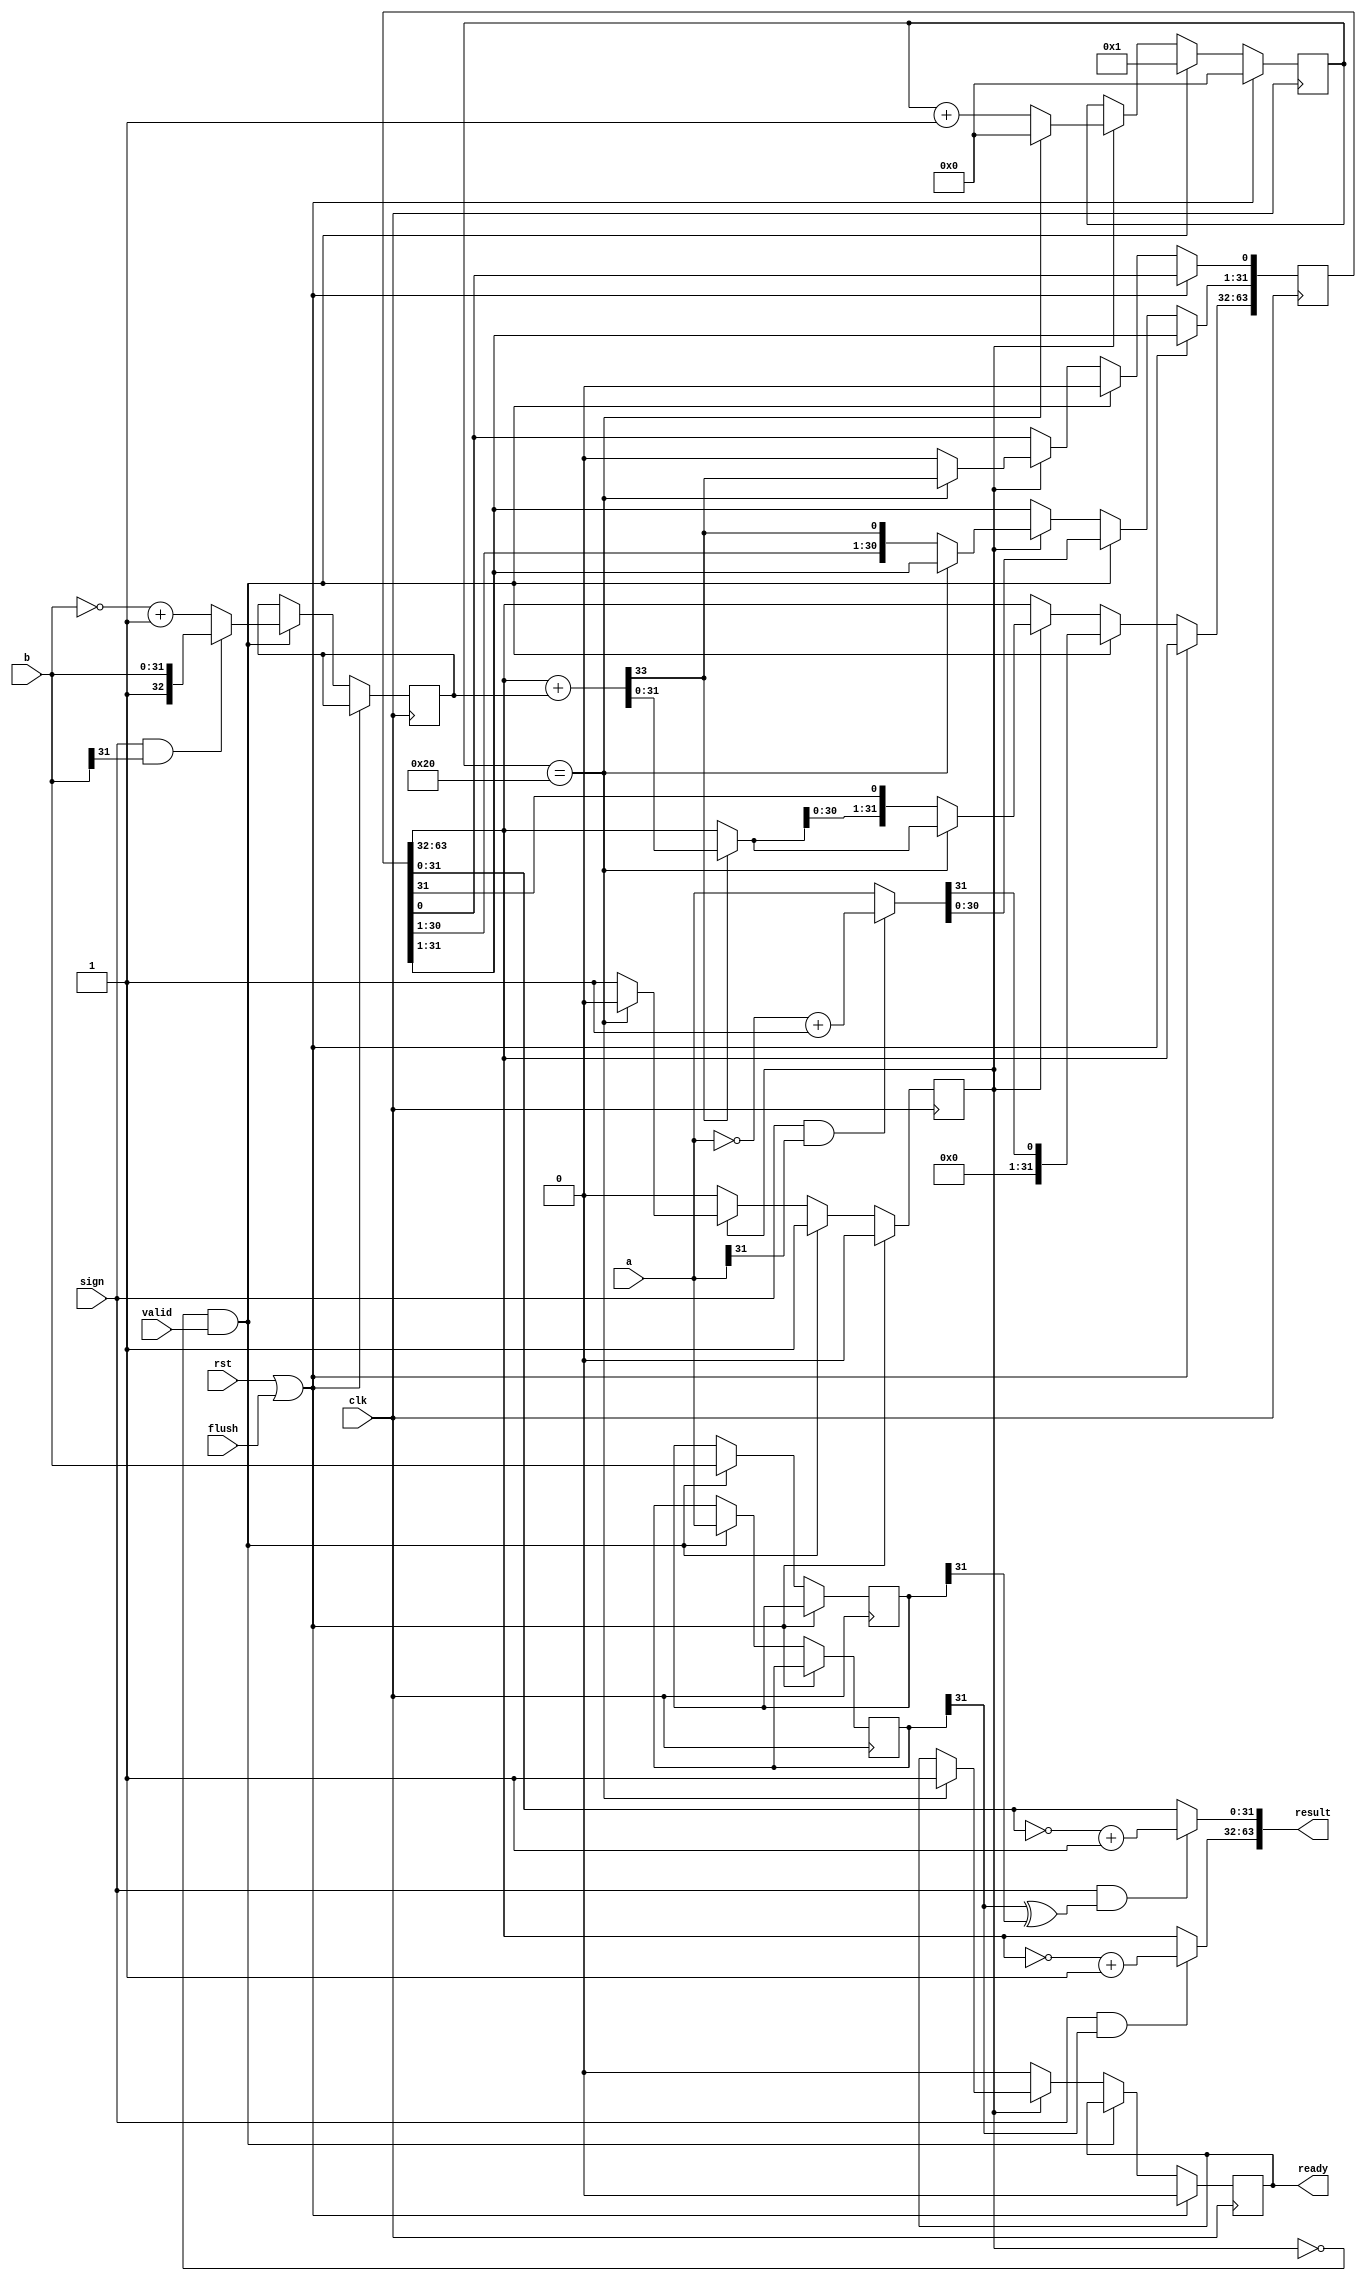
//module:       div
//description:  radix-2 divider
//version:      1.2

/*
log:
1.1:  (M,W, )
1.2: flush
*/

module div_radix2(
    input               clk,
    input               rst,
    input               flush,
    input [31:0]        a,  //divident
    input [31:0]        b,  //divisor
    input               valid,
    input               sign,   //1:signed

    output reg          ready,
    output [63:0]       result
    );
    /*
    1. ??
    2. remainer?032???33?
    */
    reg [31:0] a_save, b_save;
    reg [63:0] SR; //shift register
    reg [32 :0] NEG_DIVISOR;  //divisor 2's complement
    wire [31:0] REMAINER, QUOTIENT;
    assign REMAINER = SR[63:32];
    assign QUOTIENT = SR[31: 0];

    wire [31:0] divident_abs;
    wire [32:0] divisor_abs;
    wire [31:0] remainer, quotient;

    assign divident_abs = (sign & a[31]) ? ~a + 1'b1 : a;
    //
    assign remainer = (sign & a_save[31]) ? ~REMAINER + 1'b1 : REMAINER;
    assign quotient = sign & (a_save[31] ^ b_save[31]) ? ~QUOTIENT + 1'b1 : QUOTIENT;
    assign result = {remainer,quotient};

    wire CO;
    wire [32:0] sub_result;
    wire [32:0] mux_result;
    //sub
    assign {CO,sub_result} = {1'b0,REMAINER} + NEG_DIVISOR;
    //mux
    assign mux_result = CO ? sub_result : {1'b0,REMAINER};

    //state machine
    reg [5:0] cnt;
    reg start_cnt;
    always @(posedge clk) begin
        if(rst | flush) begin
            cnt <= 0;
            start_cnt <= 0;
            ready <= 0;
        end
        else if(!start_cnt & valid) begin
            cnt <= 1;
            start_cnt <= 1;
            //save a,b
            a_save <= a;
            b_save <= b;

            //Register init
            SR[63:0] <= {31'b0,divident_abs,1'b0}; //left shift one bit initially
            NEG_DIVISOR <= (sign & b[31]) ? {1'b1,b} : ~{1'b0,b} + 1'b1; //divisor_abs?
        end
        else if(start_cnt) begin
            if(cnt==32) begin
                cnt <= 0;
                start_cnt <= 0;
                
                //Output result
                SR[63:32] <= mux_result[31:0];
                SR[0] <= CO;

                //ready
                ready <= 1'b1;
            end
            else begin
                cnt <= cnt + 1;

                SR[63:0] <= {mux_result[30:0],SR[31:1],CO,1'b0}; //wsl: write and shift left
            end
        end
        else begin
            ready <= 1'b0;
        end
    end


    
    assign div_stall = |cnt; //cnt=0
endmodule